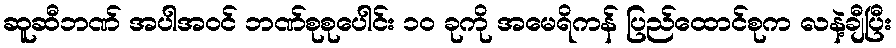
ဆူဆီဘဏ် အပါအဝင် ဘဏ်စုစုပေါင်း ၁၀ ခုကို အမေရိကန် ပြည်ထောင်စုက လနဲ့ချီပြီး